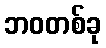
ဘဝတစ်ခု